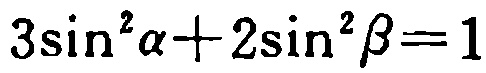
\(3\sin^{2}\alpha + 2\sin^{2}\beta = 1\)